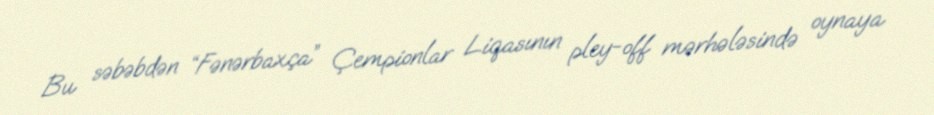
Bu səbəbdən “Fənərbaxça” Çempionlar Liqasının pley-off mərhələsində oynaya